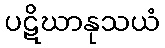
ပဋိဃာနုသယံ